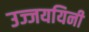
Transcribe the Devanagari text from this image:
उज्जययिनी